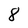
Character: 8